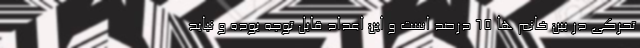
تحرکی در بین خانم ها ۶۵ درصد است و این اعداد قابل توجه بوده و نباید